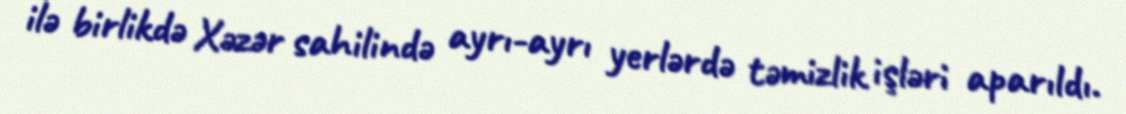
ilə birlikdə Xəzər sahilində ayrı-ayrı yerlərdə təmizlik işləri aparıldı.